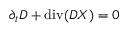
\partial _ { t } D + \operatorname { d i v } ( D \boldsymbol { \cal X } ) = 0